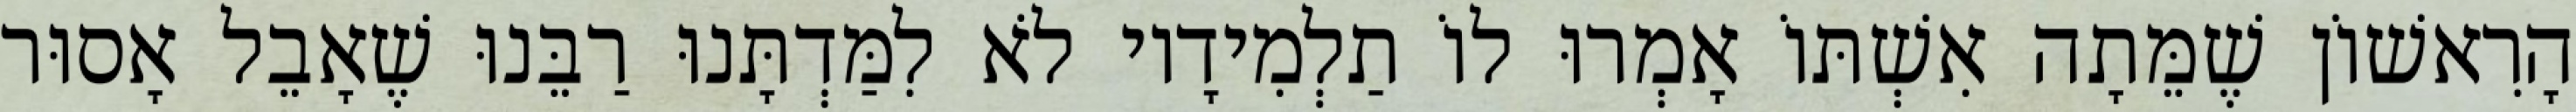
הָרִאשׁוֹן שֶׁמֵּתָה אִשְׁתּוֹ אָמְרוּ לוֹ תַלְמִידָיו לֹא לִמַּדְתָּנוּ רַבֵּנוּ שֶׁאָבֵל אָסוּר